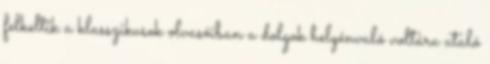
felkeltik a klasszikusok olvasóiban a dolgok helyénvaló voltára utaló